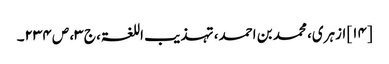
[۱۴] ازہری، محمد بن احمد، تہذیب اللغۃ، ج ۳، ص ۲۳۴۔